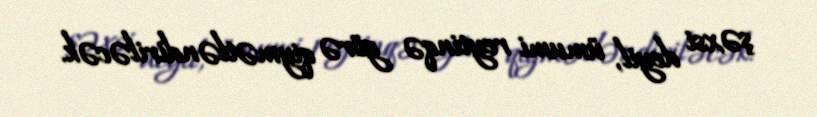
şəxsi deyil, ümumi reytinqə görə qiymətləndiriləcək.